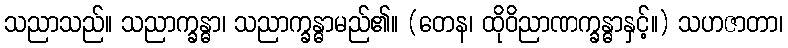
သညာသည်။ သညာက္ခန္ဓာ၊ သညာက္ခန္ဓာမည်၏။ (တေန၊ ထိုဝိညာဏက္ခန္ဓာနှင့်။) သဟဇာတာ၊